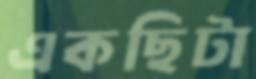
একছিটা